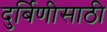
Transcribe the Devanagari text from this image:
दुर्बिणीसाठी